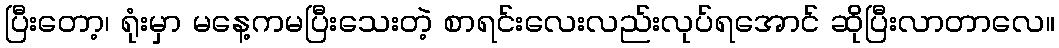
ပြီးတော့၊ ရုံးမှာ မနေ့ကမပြီးသေးတဲ့ စာရင်းလေးလည်းလုပ်ရအောင် ဆိုပြီးလာတာလေ။